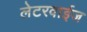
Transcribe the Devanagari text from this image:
लेटरवाईज